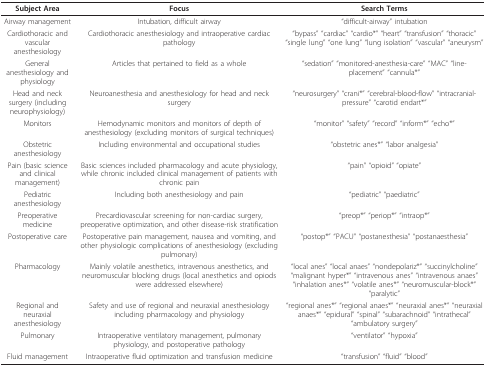
| Subject Area | Focus | Search Terms |
 | --- | --- | --- |
 | Airway management | Intubation, difficult airway | "difficult-airway" intubation |
 | Cardiothoracic and vascular anesthesiology | Cardiothoracic anesthesiology and intraoperative cardiac pathology | "bypass" "cardiac" "cardio*" "heart" "transfusion" "thoracic" "single lung" "one lung" "lung isolation" "vascular" "aneurysm" |
 | General anesthesiology and physiology | Articles that pertained to field as a whole | "sedation" "monitored-anesthesia-care" "MAC" "line-placement" "cannula*" |
 | Head and neck surgery (including neurophysiology) | Neuroanesthesia and anesthesiology for head and neck surgery | "neurosurgery" "crani*" "cerebral-blood-flow" "intracranial-pressure" "carotid endart*" |
 | Monitors | Hemodynamic monitors and monitors of depth of anesthesiology (excluding monitors of surgical techniques) | "monitor" "safety" "record" "inform*" "echo*" |
 | Obstetric anesthesiology | Including environmental and occupational studies | "obstetric anes*" "labor analgesia" |
 | Pain (basic science and clinical management) | Basic sciences included pharmacology and acute physiology, while chronic included clinical management of patients with chronic pain | "pain" "opioid" "opiate" |
 | Pediatric anesthesiology | Including both anesthesiology and pain | "pediatric" "paediatric" |
 | Preoperative medicine | Precardiovascular screening for non-cardiac surgery, preoperative optimization, and other disease-risk stratification | "preop*" "periop*" "intraop*" |
 | Postoperative care | Postoperative pain management, nausea and vomiting, and other physiologic complications of anesthesiology (excluding pulmonary) | "postop*" "PACU" "postanesthesia" "postanaesthesia" |
 | Pharmacology | Mainly volatile anesthetics, intravenous anesthetics, and neuromuscular blocking drugs (local anesthetics and opiods were addressed elsewhere) | "local anes" "local anaes" "nondepolariz*" "succinylcholine" "malignant hyper*" "intravenous anes" "intravenous anaes" "inhalation anes*" "volatile anes*" "neuromuscular-block*" "paralytic" |
 | Regional and neuraxial anesthesiology | Safety and use of regional and neuraxial anesthesiology including pharmacology and physiology | "regional anes*" "regional anaes*" "neuraxial anes*" "neuraxial anaes*" "epidural" "spinal" "subarachnoid" "intrathecal" "ambulatory surgery" |
 | Pulmonary | Intraoperative ventilatory management, pulmonary physiology, and postoperative pathology | "ventilator" "hypoxia" |
 | Fluid management | Intraoperative fluid optimization and transfusion medicine | "transfusion" "fluid" "blood" |